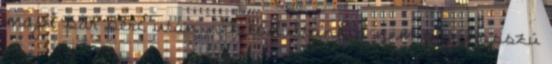
majd pár perc után nekilódultunk a nem oly hosszú